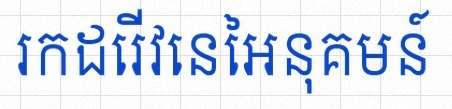
រកដេរីវេនៃអនុគមន៍